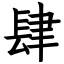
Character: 肆